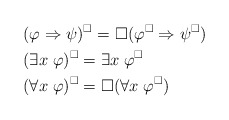
\begin{align*}& \mbox{\;} \\& (\varphi \Rightarrow \psi)^{\Box} = \Box (\varphi^{\Box} \Rightarrow \psi^{\Box}) \\& (\exists x \; \varphi)^{\Box} = \exists x \; \varphi^{\Box} \\& (\forall x \; \varphi)^{\Box} = \Box (\forall x \; \varphi^{\Box})\end{align*}